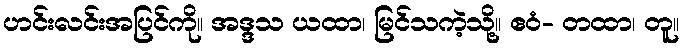
ဟင်းလင်းအပြင်ကို။ အဒ္ဒသ ယထာ၊ မြင်သကဲ့သို့။ ဧဝံ- တထာ၊ တူ။